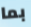
بما